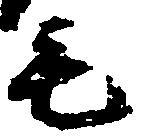
毛